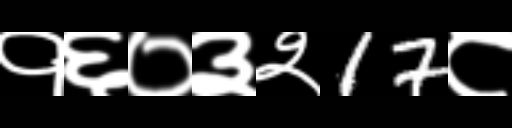
Text: १६०३२17८